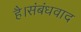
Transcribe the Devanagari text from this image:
है।संबंधवाद